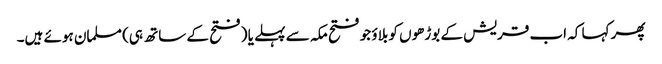
پھر کہا کہ اب قریش کے بوڑھوں کو بلاؤ جو فتح مکہ سے پہلے یا (فتح کے ساتھ ہی) مسلمان ہوئے ہیں۔